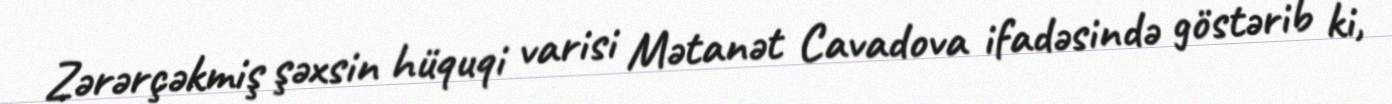
Zərərçəkmiş şəxsin hüquqi varisi Mətanət Cavadova ifadəsində göstərib ki,